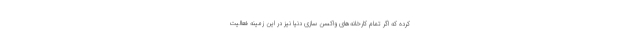
کرده که اگر تمام کارخانه‌های واکسن سازی دنیا نیز در این زمینه فعالیت